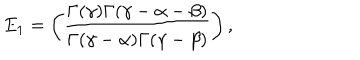
E _ { 1 } = \left( \frac { \Gamma ( \gamma ) \Gamma ( \gamma - \alpha - \beta ) } { \Gamma ( \gamma - \alpha ) \Gamma ( \gamma - \beta ) } \right) ,